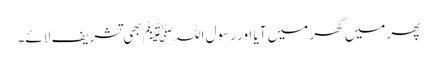
پھر میں گھر میں آیا اور رسول اللہﷺ بھی تشریف لائے۔